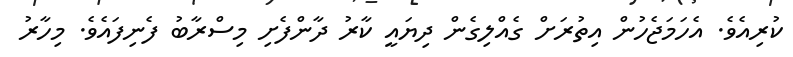
ކުރިއެވެ. އެހަމަޖެހުން އިތުރަށް ގެއްލިގެން ދިޔައީ ކާރު ދާންފެށި މިސްރާބު ފެނިފައެވެ. މިހާރު